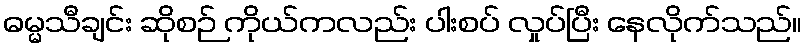
ဓမ္မသီချင်း ဆိုစဉ် ကိုယ်ကလည်း ပါးစပ် လှုပ်ပြီး နေလိုက်သည်။